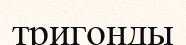
тригонды